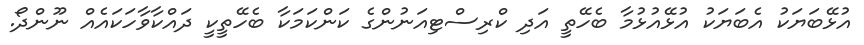
އުޅޭބަޔަކު އެބަޔަކު އުޅޭއުޅުމާ ބެހޭތީ އަދި ކްރިސްޓިއަނުންގެ ކަންކަމަކާ ބެހޭތީކީ ދައްކާވާހަކައެއް ނޫންދޯ.